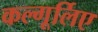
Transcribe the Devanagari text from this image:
कल्गूर्लिए